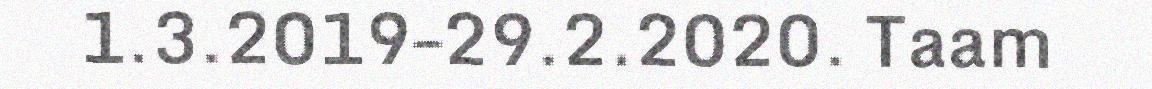
1.3.2019–29.2.2020. Taam